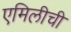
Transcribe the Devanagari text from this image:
एमिलीची